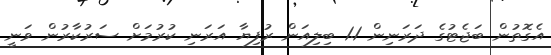
އެގޮތުން ބަޖެޓުގެ ދަރަނިން 1.1 ބިލިއަން ރުފިޔާ އަރަނި ކުރުމަށް ސަރުކާރުން ވަނީ